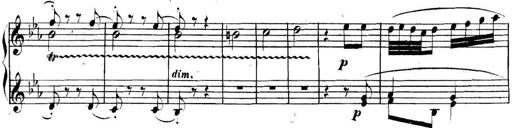
Title: Collected Piano Sonatas
Composer: Muzio Clementi